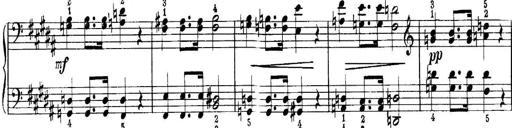
Title: Quatres sonatines
Composer: Tadeusz Joteyko